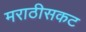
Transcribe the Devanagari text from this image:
मराठीसकट